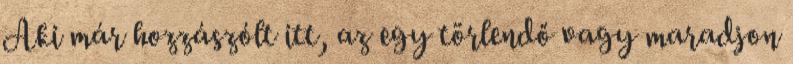
Aki már hozzászólt itt, az egy törlendő vagy maradjon